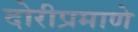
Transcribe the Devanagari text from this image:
दोरीप्रमाणे